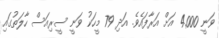
ވަނީ 4